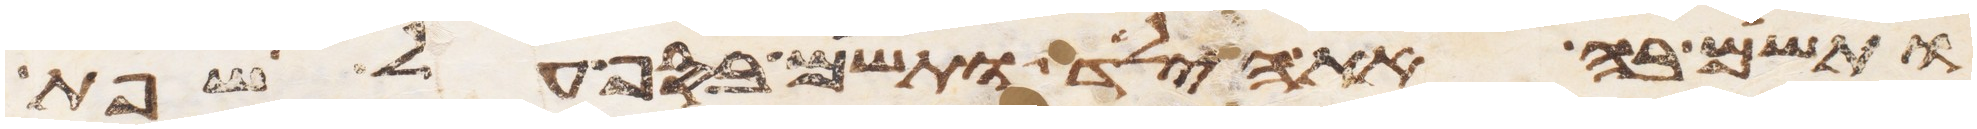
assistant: ותשם בה את הילד ותשם בסף על שפת